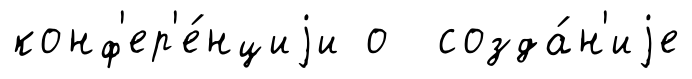
конф'ер'е́нциjи о созда́н'иjе